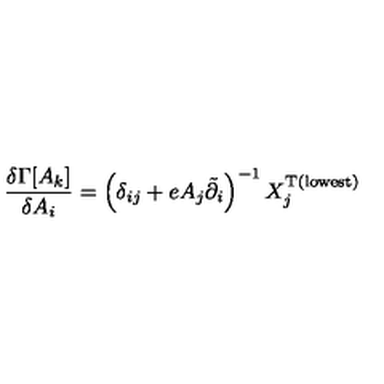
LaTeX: \frac { \delta \Gamma [ A _ { k } ] } { \delta A _ { i } } = \left( \delta _ { i j } + e A _ { j } \tilde { \partial } _ { i } \right) ^ { - 1 } X _ { j } ^ { \mathrm { T } \mathrm { ( l o w e s t ) } }